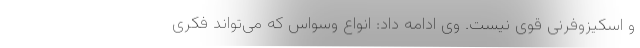
و اسکیزوفرنی قوی نیست. وی ادامه داد: انواع وسواس که می‌تواند فکری